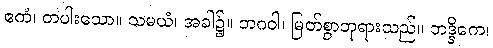
ဧကံ၊ တပါးသော။ သမယံ၊ အခါ၌။ ဘဂဝါ၊ မြတ်စွာဘုရားသည်။ ဘဒ္ဒိကေ၊